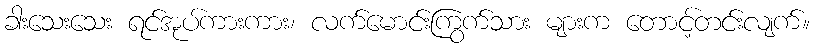
ခါးသေးသေး ရင်အုပ်ကားကား၊ လက်မောင်းကြွက်သား များက တောင့်တင်းလျက်။